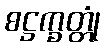
စဋ္ဌက္ခတ္တုံ